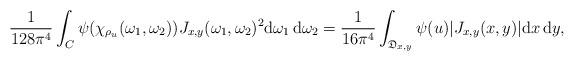
LaTeX: \begin{align*} \frac{1}{128 \pi^4} \int_{C} \psi(\chi_{\rho_u}(\omega_1,\omega_2)) J_{x,y}(\omega_1,\omega_2)^2 \mathrm{d}\omega_1 \, \mathrm{d}\omega_2 = \frac{1}{16 \pi^4} \int_{\mathfrak{D}_{x,y}} \psi(u) |J_{x,y}(x,y)| \mathrm{d}x \, \mathrm{d}y,\end{align*}